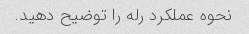
نحوه عملکرد رله را توضیح دهید.